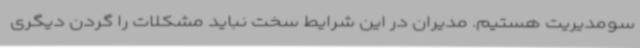
سومدیریت هستیم. مدیران در این شرایط سخت نباید مشکلات را گردن دیگری